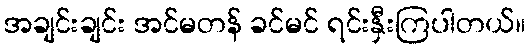
အချင်းချင်း အင်မတန် ခင်မင် ရင်းနှီးကြပါတယ်။